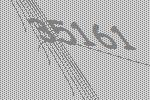
35161